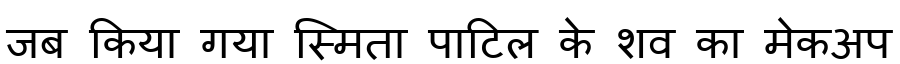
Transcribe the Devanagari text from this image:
जब किया गया स्मिता पाटिल के शव का मेकअप